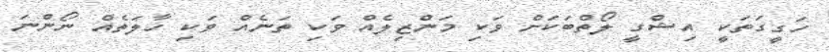
ހަގީގަތަކީ އިޝްގީ ލޯތްބަކަށް ވަކި މަންޒިލެއް ވަކި ތަނެއް ވަކި ހާލަތެއް ނޯންނަ